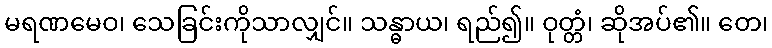
မရဏမေဝ၊ သေခြင်းကိုသာလျှင်။ သန္ဓာယ၊ ရည်၍။ ဝုတ္တံ၊ ဆိုအပ်၏။ တေ၊